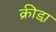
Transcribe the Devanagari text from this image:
क्रीडा़